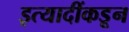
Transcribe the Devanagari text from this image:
इत्यादींकडून